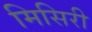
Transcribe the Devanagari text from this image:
मिसिरी